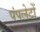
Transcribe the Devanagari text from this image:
पंपलेटों